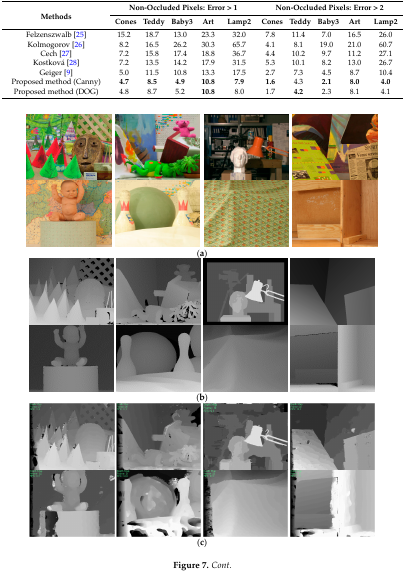
<table><thead><tr><td rowspan="2"><b>Methods</b></td><td colspan="5"><b>Non-Occluded Pixels: Error &gt; 1</b></td><td colspan="5"><b>Non-Occluded Pixels: Error &gt; 2</b></td></tr><tr><td><b>Cones</b></td><td><b>Teddy</b></td><td><b>Baby3</b></td><td><b>Art</b></td><td><b>Lamp2</b></td><td><b>Cones</b></td><td><b>Teddy</b></td><td><b>Baby3</b></td><td><b>Art</b></td><td><b>Lamp2</b></td></tr></thead><tbody><tr><td>Felzenszwalb [25]</td><td>15.2</td><td>18.7</td><td>13.0</td><td>23.3</td><td>32.0</td><td>7.8</td><td>11.4</td><td>7.0</td><td>16.5</td><td>26.0</td></tr><tr><td>Kolmogorov [26]</td><td>8.2</td><td>16.5</td><td>26.2</td><td>30.3</td><td>65.7</td><td>4.1</td><td>8.1</td><td>19.0</td><td>21.0</td><td>60.7</td></tr><tr><td>Cech [27]</td><td>7.2</td><td>15.8</td><td>17.4</td><td>18.8</td><td>36.7</td><td>4.4</td><td>10.2</td><td>9.7</td><td>11.2</td><td>27.1</td></tr><tr><td>Kostková [28]</td><td>7.2</td><td>13.5</td><td>14.2</td><td>17.9</td><td>31.5</td><td>5.3</td><td>10.1</td><td>8.2</td><td>13.0</td><td>26.7</td></tr><tr><td>Geiger [9]</td><td>5.0</td><td>11.5</td><td>10.8</td><td>13.3</td><td>17.5</td><td>2.7</td><td>7.3</td><td>4.5</td><td>8.7</td><td>10.4</td></tr><tr><td>Proposed method (Canny)</td><td><b>4.7</b></td><td><b>8.5</b></td><td><b>4.9</b></td><td><b>10.8</b></td><td><b>7.9</b></td><td><b>1.6</b></td><td>4.3</td><td><b>2.1</b></td><td><b>8.0</b></td><td><b>4.0</b></td></tr><tr><td>Proposed method (DOG)</td><td>4.8</td><td>8.7</td><td>5.2</td><td><b>10.8</b></td><td>8.0</td><td>1.7</td><td><b>4.2</b></td><td>2.3</td><td>8.1</td><td>4.1</td></tr></tbody></table>